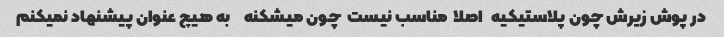
در پوش زیرش چون پلاستیکیه   اصلا  مناسب نیست  چون میشکنه     به هیچ عنوان پیشنهاد نمیکنم